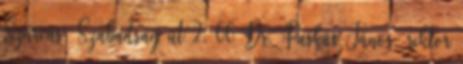
Szarvas, Szabadság út 2. 66 Dr. Puskás János, rektor